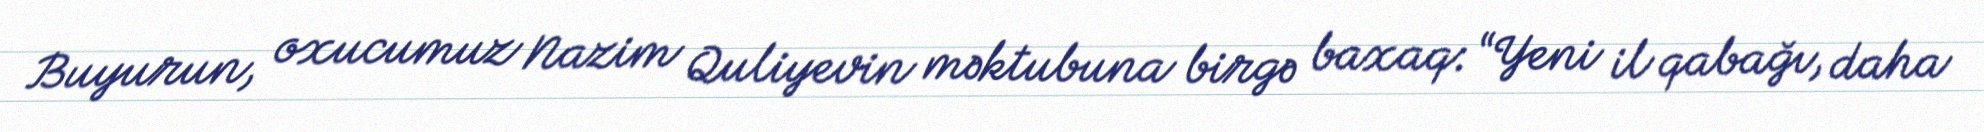
Buyurun, oxucumuz Nazim Quliyevin məktubuna birgə baxaq: “Yeni il qabağı, daha